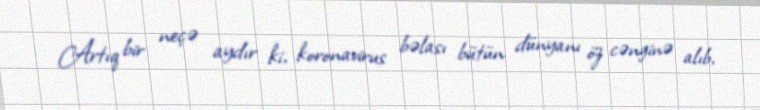
Artıq bir neçə aydır ki, koronavirus bəlası bütün dünyanı öz cənginə alıb,